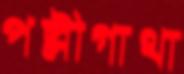
পল্লীগাথা